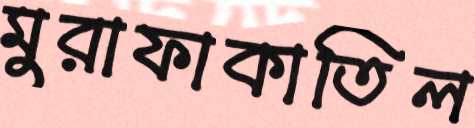
মুরাফাকাতিল